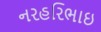
નરહરિભાઇ